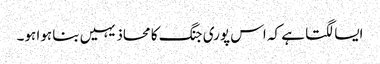
ایسا لگتا ہے کہ اس پوری جنگ کا محاذ یہیں بنا ہوا ہو۔